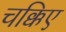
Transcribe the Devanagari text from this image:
चक्किए